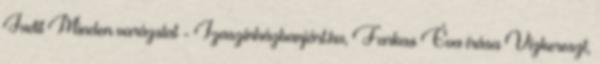
Judit Minden varázslat - Izaszínházbanjárt.hu, Farkas Éva írása Vízkereszt,